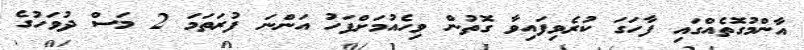
އާންމުގޮތެއްގައި ފާހަގަ ކުރެވިފައިވާ ގޮތުން ވިހެއުމަށްފަހު އަންނަ ފުރަތަމަ 2 މަސް ދުވަހުގެ